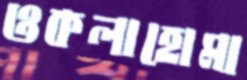
ওকলাহোমা